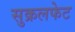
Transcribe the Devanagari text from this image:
सुक्रलफेट